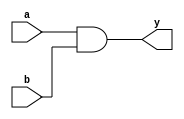
module wire_example( a, b, y);
  input a, b;
  output y;

  wire a, b, y;

  assign y = a & b;

endmodule